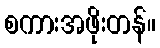
စကားအဖိုးတန်။